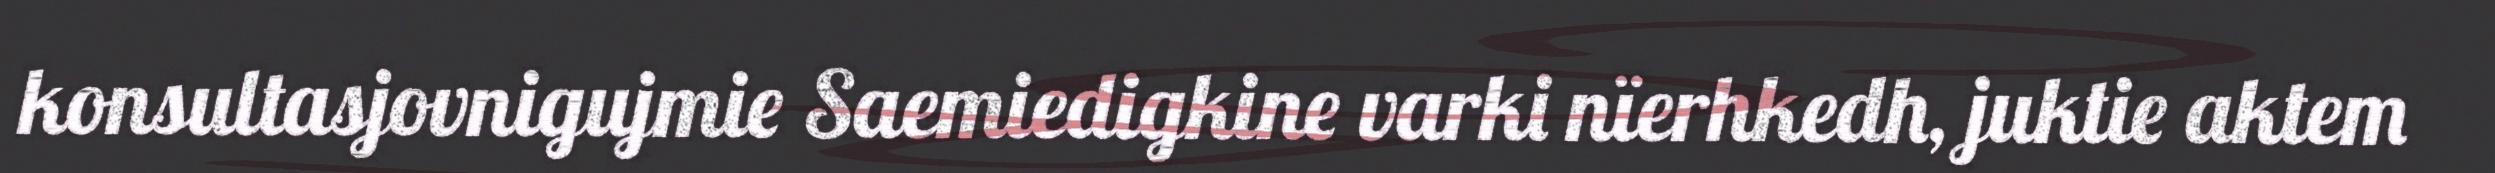
konsultasjovnigujmie Saemiedigkine varki nïerhkedh, juktie aktem